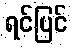
ရင်ပြင်